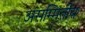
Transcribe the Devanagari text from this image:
असम्मितीय